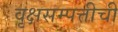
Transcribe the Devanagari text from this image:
वृक्षसम्पत्तीची